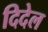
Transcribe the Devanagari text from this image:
दिदेल